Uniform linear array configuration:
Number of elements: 8
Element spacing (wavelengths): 1
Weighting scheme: binomial
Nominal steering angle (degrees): -15
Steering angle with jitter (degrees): -16.406
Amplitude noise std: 0.05
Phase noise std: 0.05

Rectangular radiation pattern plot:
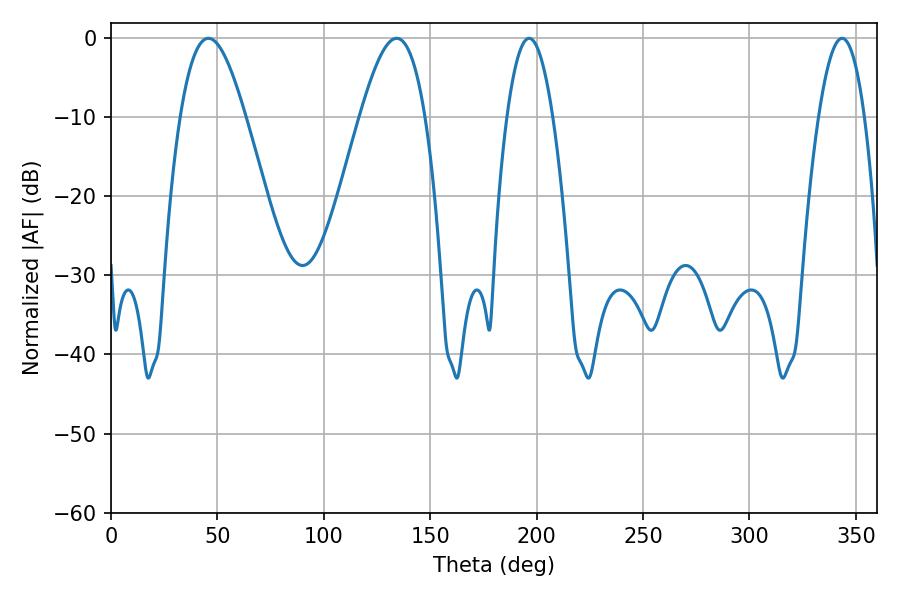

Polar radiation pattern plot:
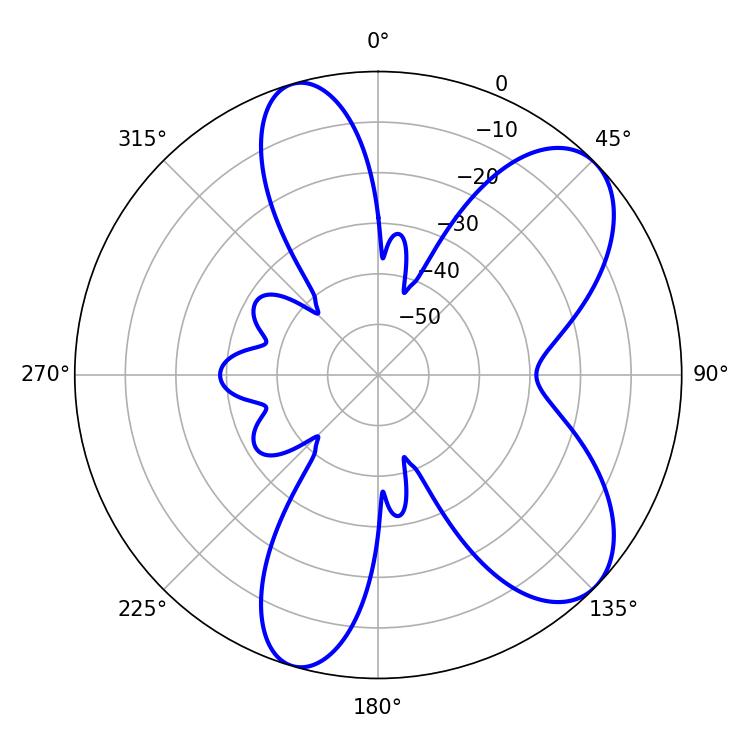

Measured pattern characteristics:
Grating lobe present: TRUE
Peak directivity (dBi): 7.815
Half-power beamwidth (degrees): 16.56
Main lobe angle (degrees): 45.72